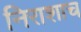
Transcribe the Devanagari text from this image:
निराशाच